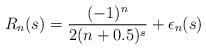
LaTeX: \begin{align*} R_{n}(s)=\frac{(-1)^n}{2(n+0.5)^s}+\epsilon_n(s)\end{align*}